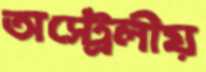
অস্ট্রেলীয়